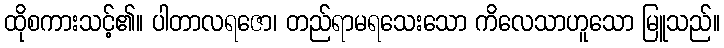
ထိုစကားသင့်၏။ ပါတာလရဇော၊ တည်ရာမရသေးသော ကိလေသာဟူသော မြူသည်။